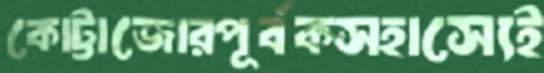
কোট্টাজোরপূর্বকসহাস্যেই